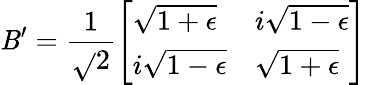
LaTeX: \mathit{B}^{\prime}=\frac{{1}}{{\sqrt{}{{2}}}}\left[\begin{array}{ll}{\sqrt{1+\epsilon}}&{i\sqrt{1-\epsilon}}\\ {i\sqrt{1-\epsilon}}&{\sqrt{1+\epsilon}}\end{array}\right]